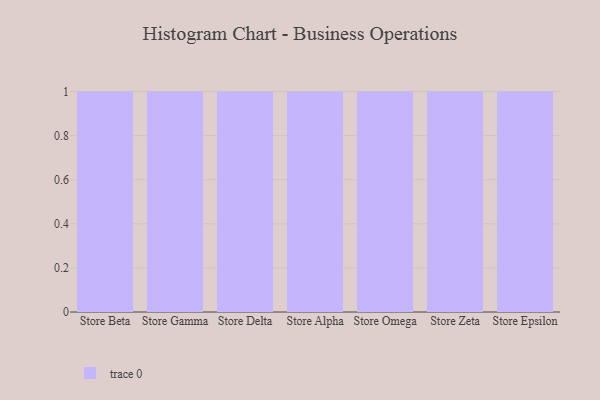
{"axis": {"x": "Store", "y": "Production Output"}, "legend": [""], "data": [{"x": "Store Beta", "y": 92, "type": ""}, {"x": "Store Gamma", "y": 69, "type": ""}, {"x": "Store Delta", "y": 47, "type": ""}, {"x": "Store Alpha", "y": 29, "type": ""}, {"x": "Store Omega", "y": 77, "type": ""}, {"x": "Store Zeta", "y": 62, "type": ""}, {"x": "Store Epsilon", "y": 11, "type": ""}]}